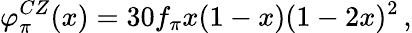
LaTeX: \varphi_{\pi}^{CZ}(x)=30f_{\pi}x(1-x)(1-2x)^{2}\, ,